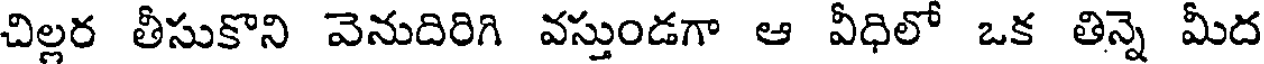
చిల్లర తీసుకొని వెనుదిరిగి వస్తుండగా ఆ వీధిలో ఒక తిన్నె మీద